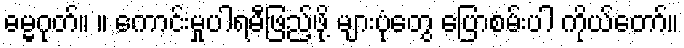
ဓမ္မဂုတ်။ ။ ကောင်းမှုပါရမီဖြည့်ဖို့ များပုံတွေ ပြောစမ်းပါ ကိုယ်တော်။